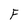
Character: F